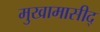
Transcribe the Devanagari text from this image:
मुखामासीद्